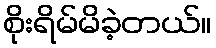
စိုးရိမ်မိခဲ့တယ်။